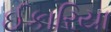
ઈકારિયા